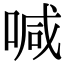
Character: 喊